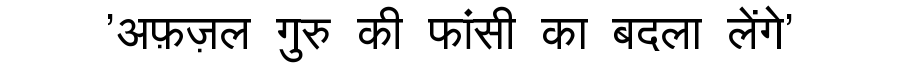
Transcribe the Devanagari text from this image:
'अफ़ज़ल गुरु की फांसी का बदला लेंगे'